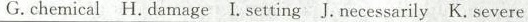
G.chemical H. Damage I. Setting J. Necessarily K. Severe